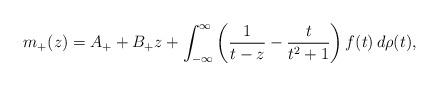
\begin{align*}m_+(z) = A_+ + B_+z + \int_{-\infty}^{\infty} \left(\frac{1}{t-z} - \frac{t}{t^2+1} \right)f(t) \, d\rho (t) ,\end{align*}